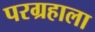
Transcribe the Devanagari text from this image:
परग्रहाला